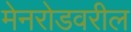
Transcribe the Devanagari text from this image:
मेनरोडवरील